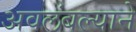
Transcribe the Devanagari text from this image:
अवलंबल्याने